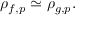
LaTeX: \rho _ { f , p } \simeq \rho _ { g , p } .